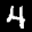
Label: 4